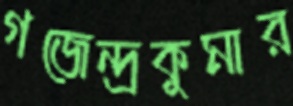
গজেন্দ্রকুমার